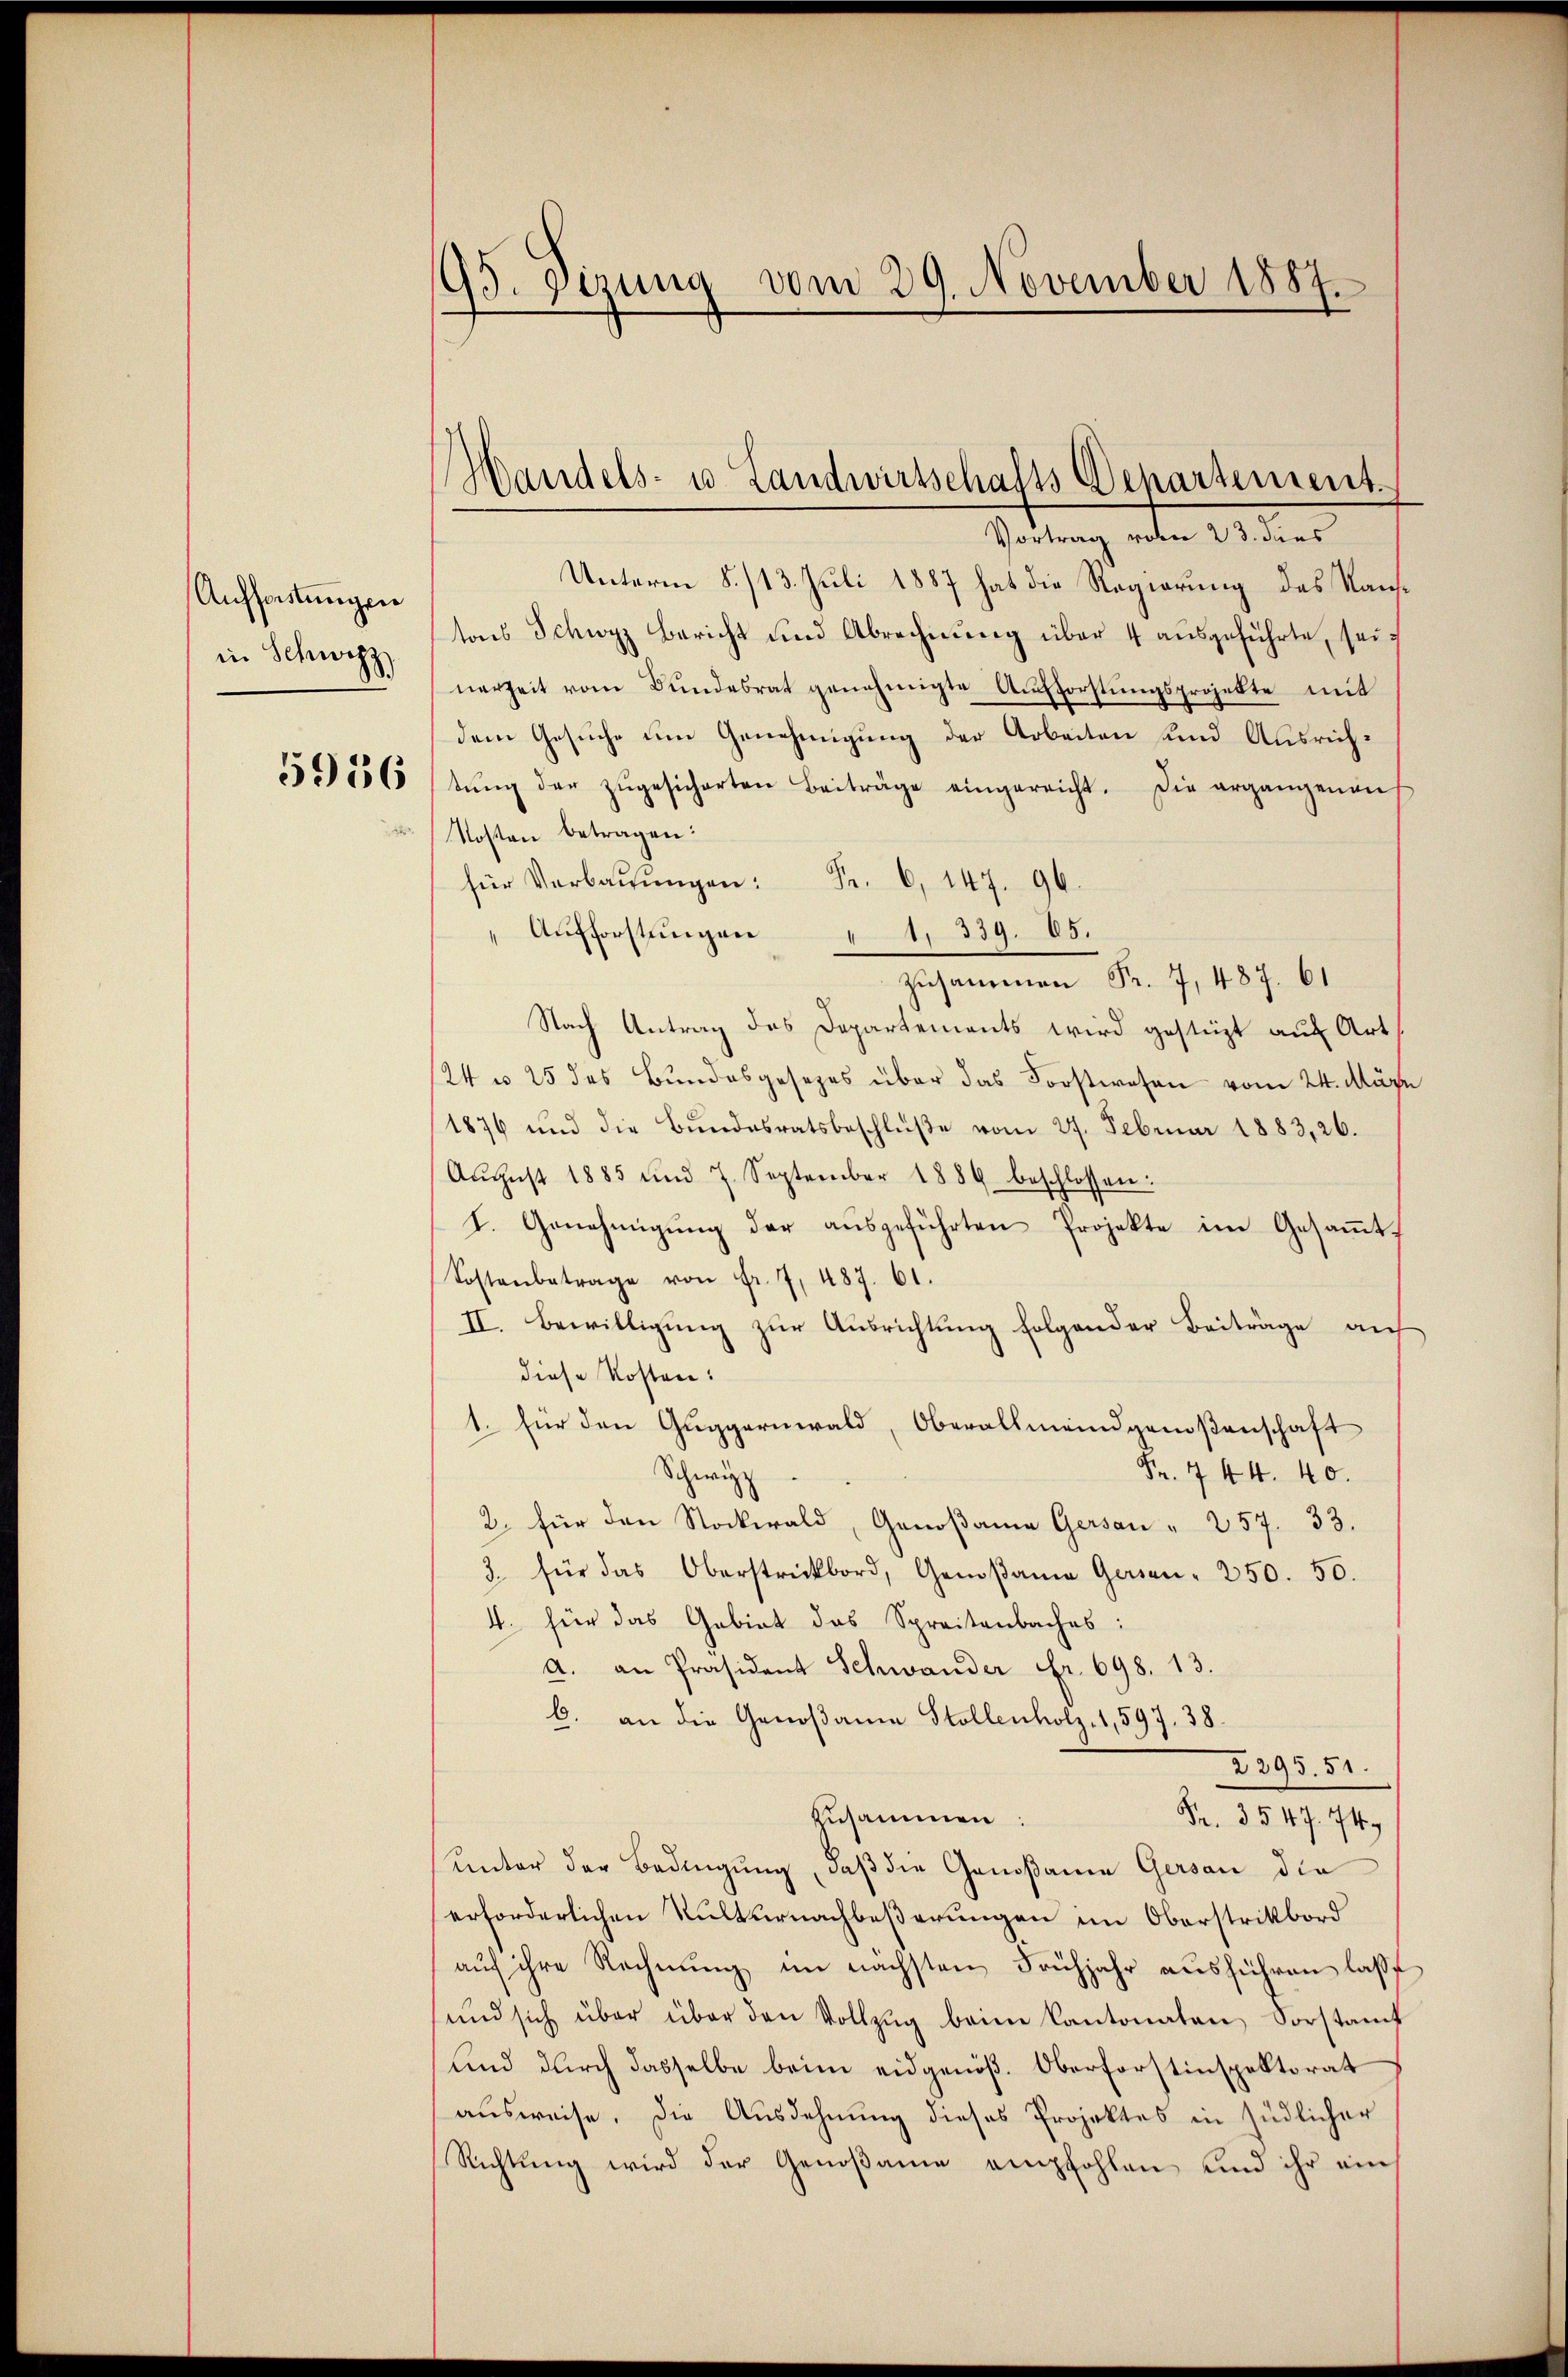
Auffastungen
in Schwyz
5936
.

95. Dizung vom 29. November 1887.

Handels- u. Landwirtschafts-Departement.

Vortrag vom 23. dies
Unterm 8./13. Juli 1887 hat die Regierung des Kauftons Schwyz bericht und Abrechnung über 4 ausgeführte, seinerzeit vom Bŭndesrat genehmigte Aŭsforstŭngsprojekte mit
dem Gesuche um Genehmigung der Arbeiten und Ausrichtŭng der zŭgesicherten Beiträge eingereicht. Die ergangenauf
Kosten betragen:
für Verbaŭŭngen: Fr. 6, 147. 96.
 Aufforstungen 1. 339. 85.
Zusammen Fr. 7, 487. 61
Nach Antrag des Departements wird gestüzt auf Art.
24 n 25 des Bundesgesezes über das Forstwesen vom 24. Mär
1876 und die Bundesratsbeschlüβe vom 27. Februar 1883, 26.
Aŭgust 1885 und 7. September 1889 beschlossen:
I. Genehmigŭng der aŭsgeführten Projekte im Gesaṁt-
Sostenbetrage von Fr. 7, 487. 61.
II. Bewilligung zur Ausrichtung folgender Beiträge auf
diese Kosten:
1. für den Guggernwald, Oberallmeindgenoßenschaft
Fr. 744. 40.
Schwurz
2. für den Stockwald, Genoßama Gersau " 257. 33.
3. für das Oberstreckbord, Genosame Gassen- 250. 50.
4. für das Gebiet das Spreitenbaches:
a. an Präsident Schwander Fr. 698. 13.
b. an die Genoßanna Stollenholz, 1,597. 38.
2295. 51.
zusammen:
Fr. 3547. 749
unter der Bedingung, daß die Genoßamen Gersau die
erforderlichen Kulturnachbeßerungen im Oberstriktbord
aŭf ihre Rechnung im nächsten Frühjahr ausführen laße
und sich über über den Vollzug beim Kantonaten Sorstamt
und durch dasselbe beim eidgenöß. Oberforstinspektorat
ausweise. Die Ausdehnung dieses Projektes in südlicher
Richtung wird der Genoßame empfohlen und ihr ein